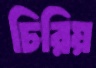
চিরিয়